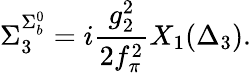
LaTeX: \Sigma_{3}^{\Sigma_{b}^{0}}=i\frac{g_{2}^{2}}{2f_{\pi}^{2}}X_{1}(\Delta_{3}).